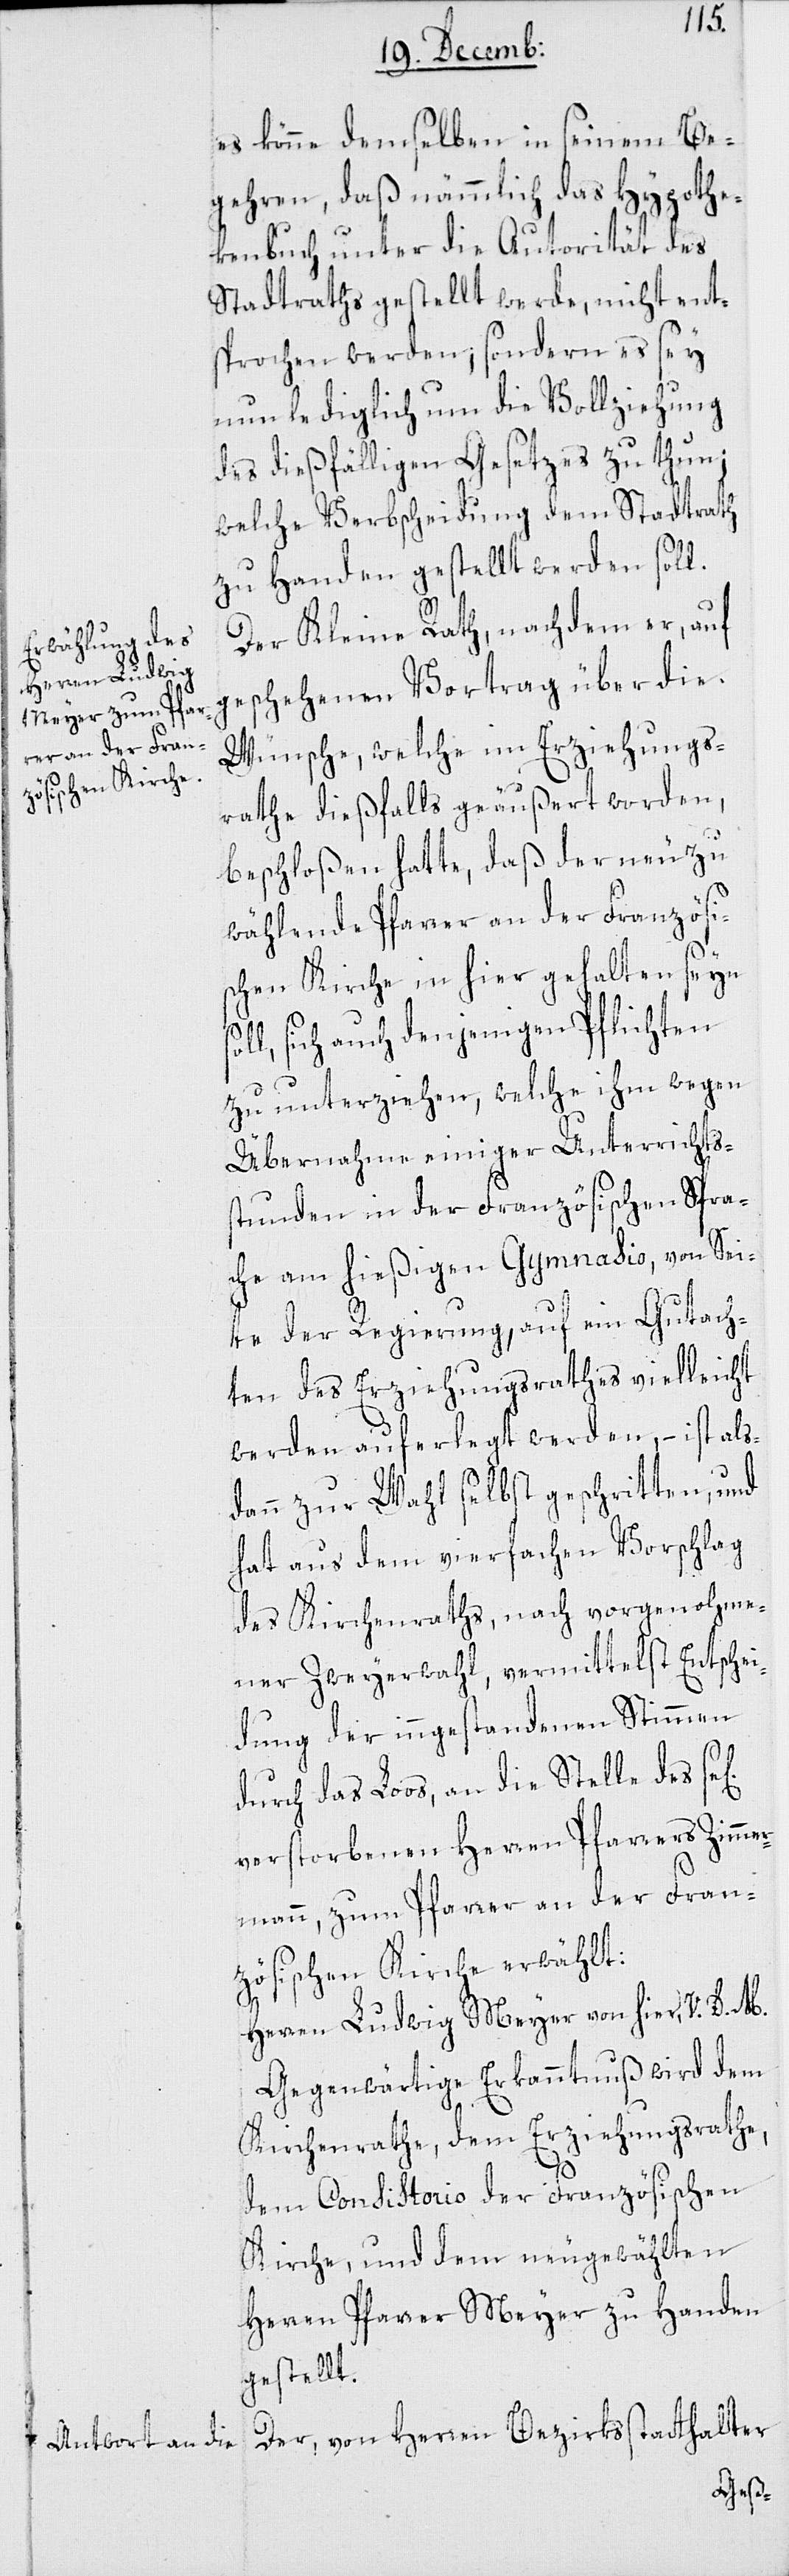
es könne demselben in seinem Be¬
gehren, daß nämmlich das Hypothe¬
kenbuch unter die Autorität des
Stadtraths gestellt werde, nicht ent¬
sprochen werden; sondern es sey
nun lediglich um die Vollziehung
des dießfälligen Gesetzes zu thun;
welche Verbscheidung dem Stadtrath
zu Handen gestellt werden soll.
Der Kleine Rath, nachdem er, auf
geschehenen Vortrag über die
Wünsche, welche im Erziehungs¬
rathe dießfalls geäußert worden,
beschloßen hatte, daß der neu zu
wählende Pfarrer an der Französi¬
o¬
schen Kirche in hier gehalten seyn
ll, sich auch denjenigen Pflichten
zu unterziehen, welche ihm wegen
Übernahme einiger Unterrichtss¬
tunden in der Französischen Spra¬
che am hießigen Gymnasio, von Sei¬
te der Regierung, auf ein Gutach¬
ten des Erziehungsrathes vielleicht
werden auferlegt werden, – ist als¬
dann zur Wahl selbst geschritten, und
hat aus dem vierfachen Vorschlag
des Kirchenraths, nach vorgenohme¬
ner Zweyerwahl, vermittelst Entschei¬
dung der inngestandenen Stimmen
durch das Loos, an die Stelle des
verstorbenen Herren Pfarrers Zimme¬
rmann, zum Pfarrer an der Fran¬
zösischen Kirche erwählt:
Herren Ludwig Meyer von hier, V. D. M.
Gegenwärtige Erkanntnuß wird dem
Kirchenrathe, dem Erziehungsrathe,
dem Consistorio der Französischen
Kirche, und dem neugewählten
Herren Pfarrer Meyer zu Handen
gestellt.
Der, von Herren Bezirksstatthalter